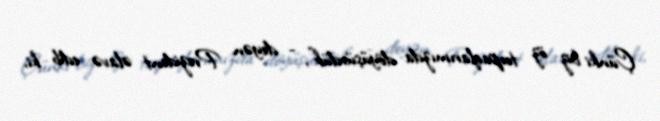
Çünki biz öz torpaqlarımızda döyüşürdük”, - deyən Prezident əlavə edib ki,